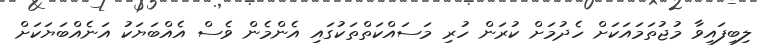
ލިބިފައިވާ މުޖުތަމައަކަށް ހެދުމަށް ކުރަން ހުރި މަސައްކަތްތަކުގައި އެންމެން ވެސް އެއްބަޔަކު އަނެއްބަޔަކަށް